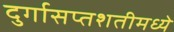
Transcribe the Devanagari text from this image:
दुर्गासप्तशतीमध्ये